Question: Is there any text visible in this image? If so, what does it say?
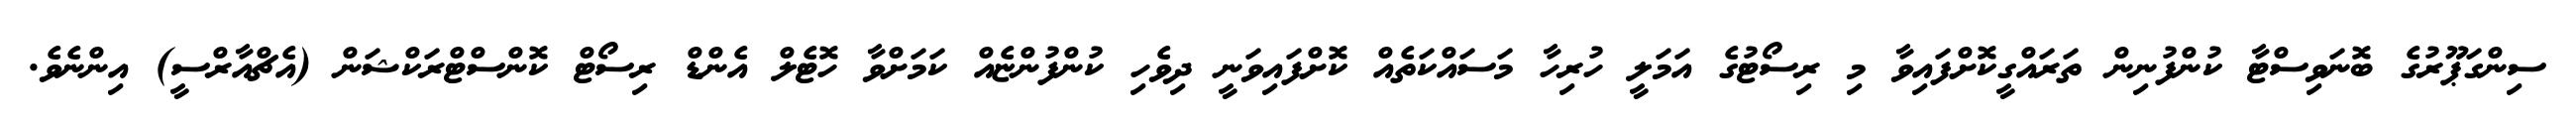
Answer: ސިންގަޕޫރުގެ ބޮނަވިސްޓާ ކުންފުނިން ތަރައްގީކޮށްފައިވާ މި ރިސޯޓުގެ އަމަލީ ހުރިހާ މަސައްކަތެއް ކޮށްފައިވަނީ ދިވެހި ކުންފުންޏެއް ކަމަށްވާ ހޮޓެލް އެންޑް ރިސޯޓް ކޮންސްޓްރަކްޝަން (އެޗްއާރްސީ) އިންނެވެ.